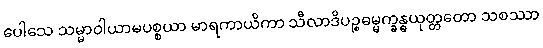
ပေါသေ သမ္မာဝါယာမပစ္စယာ မာရကာယိကာ သီလာဒိပဉ္စဓမ္မက္ခန္ဓယုတ္တတော သစဿာ